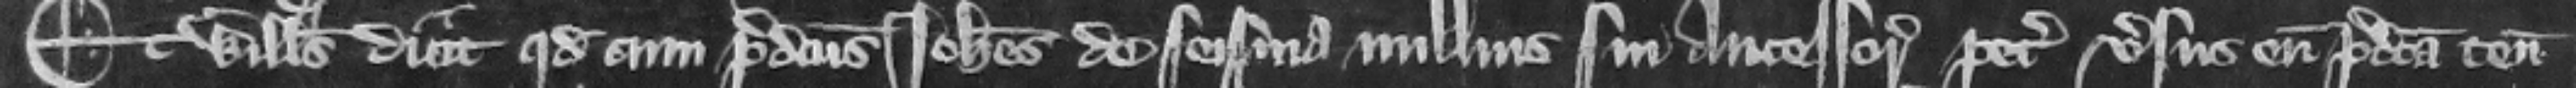
Et Willelmus dicit quod cum predictus Iohannes de seisina nullius sui antecessoris petit versus eum predicta tenementa